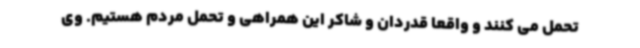
تحمل می کنند و واقعا قدردان و شاکر این همراهی و تحمل مردم هستیم. وی